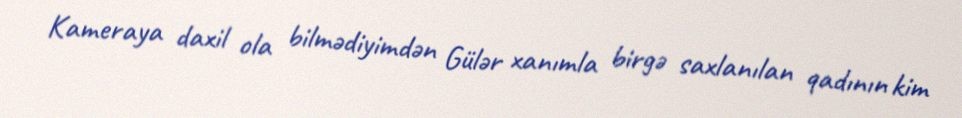
Kameraya daxil ola bilmədiyimdən Gülər xanımla birgə saxlanılan qadının kim